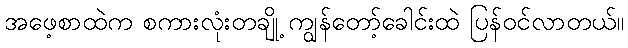
အဖေ့စာထဲက စကားလုံးတချို့ ကျွန်တော့်ခေါင်းထဲ ပြန်ဝင်လာတယ်။